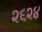
૨૬૨૪